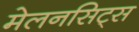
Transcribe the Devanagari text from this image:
मेलनसिट्स